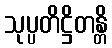
သုပ္ပတိဋ္ဌိတန္တိ